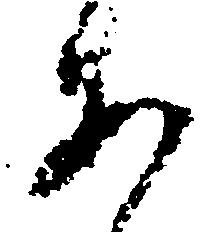
あ